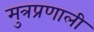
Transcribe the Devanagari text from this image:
मुत्रप्रणाली